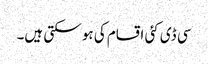
سی ڈی کئی اقسام کی ہو سکتی ہیں۔